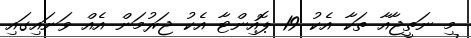
މި ނަތީޖާއާ ތަކާ އެކު 19 ޕޮއިންޓާ އެކު ޖަރުމަން އެއް ވަނައިގައި